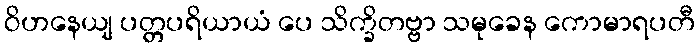
ဝိဟနေယျ ပတ္တပရိယာယံ ပေ သိက္ခိတဗ္ဗာ သမုခေန ကောမာရပတီ